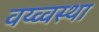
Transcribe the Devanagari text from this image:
वय्व्वस्था